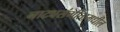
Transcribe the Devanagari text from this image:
नाट्यसंगीतामधील